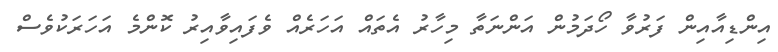
އިންޑިއާއިން ފަރުވާ ހޯދަމުން އަންނަތާ މިހާރު އެތައް އަހަރެއް ވެފައިވާއިރު ކޮންމެ އަހަރަކުވެސް